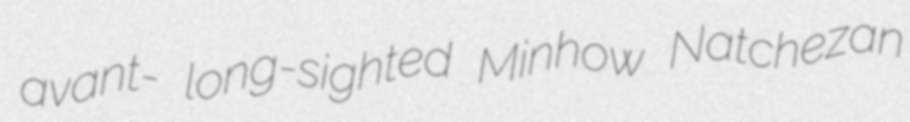
avant- long-sighted Minhow Natchezan